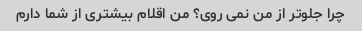
چرا جلوتر از من نمی روی؟ من اقلام بیشتری از شما دارم